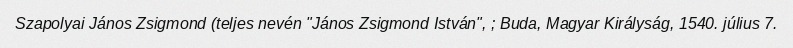
Szapolyai János Zsigmond (teljes nevén "János Zsigmond István", ; Buda, Magyar Királyság, 1540. július 7.